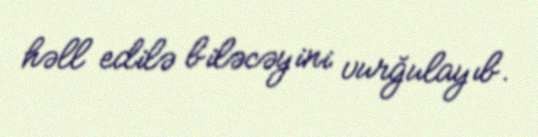
həll edilə biləcəyini vurğulayıb.